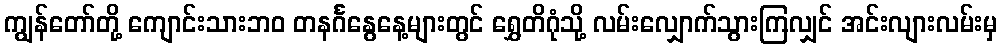
ကျွန်တော်တို့ ကျောင်းသားဘဝ တနင်္ဂနွေနေ့များတွင် ရွှေတိဂုံသို့ လမ်းလျှောက်သွားကြလျှင် အင်းလျားလမ်းမှ